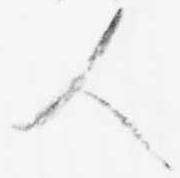
人